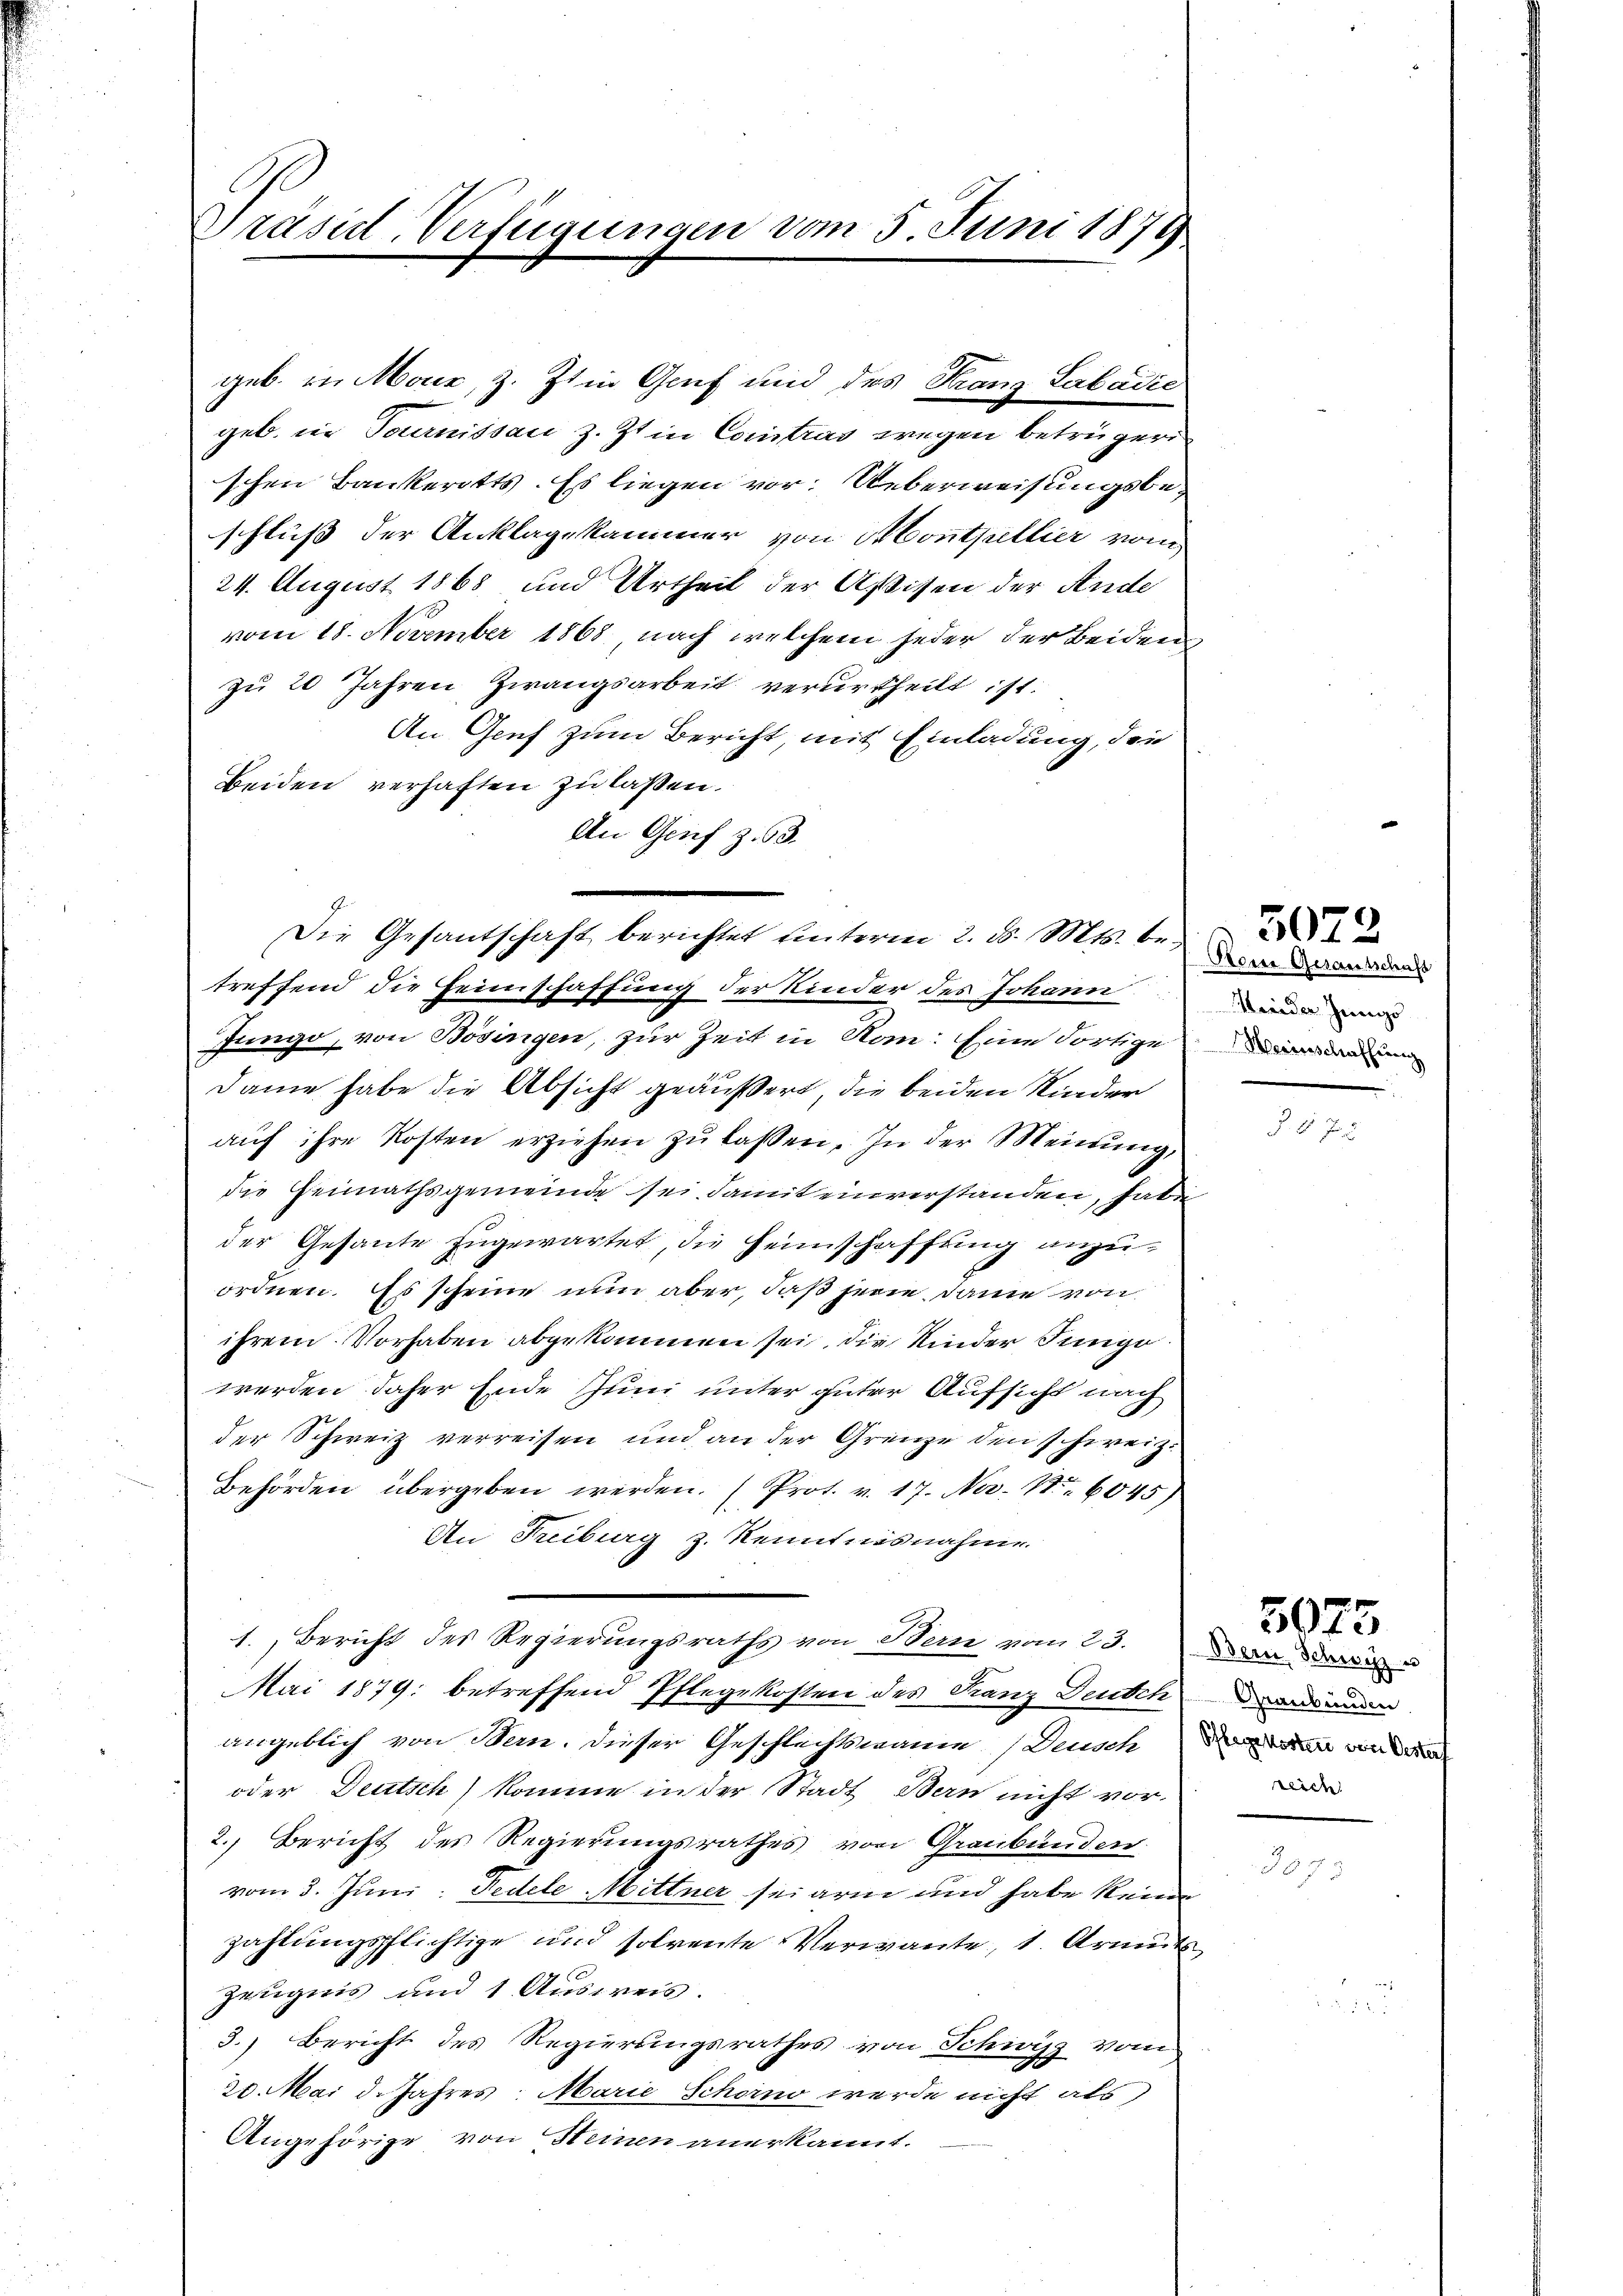
Präsid-Verfügungen vom 5. Juni 1871

geb. in Maur, z. Ztin Gruf und des Franz Labadić
geb. in Tournissan z. Zt. in Contras wegen betrügere
schen Bankerotts. Es liegen vor. Ueberweisungsbeschluß der Anklagekammer von A. Conthellier vom
24. August 1868 und Urtheil der Aßisten der Ande
vom 18. November 1868 nach welchem jeder der Beiden
zu 20 Jahren Zwangsarbeit verurtheilt ist.
An Genf zum Bericht, mit Einladung, den
Beiden verhaften zu laßen.
An Genf z. 63.
Die Gesantschaft berichtet hinterm 2. d. Mts. be
treffend die Heimschaffung der Kinder des Johann
Jungo, von Bösingen, zur Zeit in Nan: Eine dortige
Dame habe die Absicht geäußert, die beiden Kinder
aŭf ihre Kosten erziehen zŭ lassen. In der Meinung,
die Heimathsgemeinde sei damit einverstanden, haben
der Gesante zugewartet, die Heimschaffting anzuordnen. Es scheine nun aber, daß sein, dann von
ihrem Vorhaben abgekommen sei, die Kinder Junge
werden daher Ende Juni unter guter Aufsicht nach
der Schweiz verreisen und an der Grenze den schweiz.
Behörden übergeben werden. (Prot. v. 17. Nov. 16045)
An Freiburg z. Kenntnisnahme.
1. Bericht des Regierungsraths von Bern vom 23. Die
Mai 1879; betreffend Pflegekosten des Franz Deutch
angeblich von Bern, dieser Geschlechtsmanne Deuschen
oder Deutsch) komme in der Stadt Bern nicht vor-
2. Bericht des Regierungsrathes von Graubünden.
vom 3. Juni: Pedele Mittner sei arm und habe kein
zahlungspflichtige und solreute Verwante, 1. Armut
Zeugnis und 1 Ausweis.
3.) Bericht des Regierungsrathes von Schwyz vom
20. Mai d. Jahres Marie Schorno werde nicht als
Angehörige von Steinen anerkannt.

Borer Gesamtschaft
Heider Jüngs
Herinschaffung

Graubünden
reich

5073